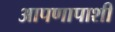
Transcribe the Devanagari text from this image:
आपणापाशी